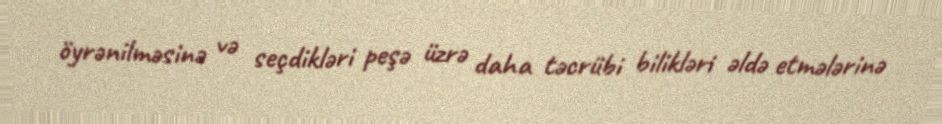
öyrənilməsinə və seçdikləri peşə üzrə daha təcrübi bilikləri əldə etmələrinə